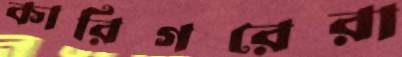
কারিগরেরা